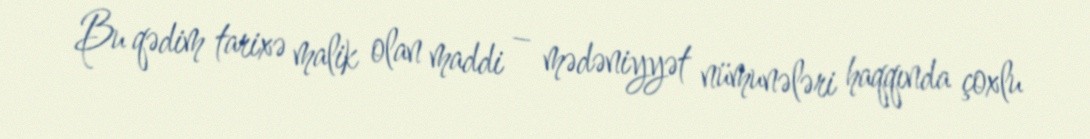
Bu qədim tarixə malik olan maddi – mədəniyyət nümunələri haqqında çoxlu